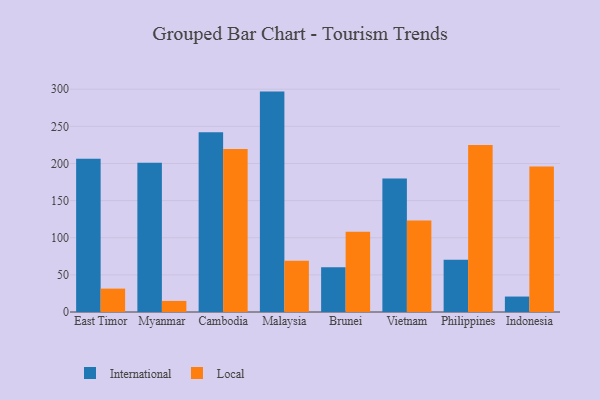
{"axis": {"x": "Country", "y": "Tickets Resolved"}, "legend": ["International", "Local"], "data": [{"x": "East Timor", "y": 206.5, "type": "International"}, {"x": "East Timor", "y": 31.5, "type": "Local"}, {"x": "Myanmar", "y": 201.1, "type": "International"}, {"x": "Myanmar", "y": 14.9, "type": "Local"}, {"x": "Cambodia", "y": 242.0, "type": "International"}, {"x": "Cambodia", "y": 219.6, "type": "Local"}, {"x": "Malaysia", "y": 296.8, "type": "International"}, {"x": "Malaysia", "y": 68.9, "type": "Local"}, {"x": "Brunei", "y": 60.2, "type": "International"}, {"x": "Brunei", "y": 107.9, "type": "Local"}, {"x": "Vietnam", "y": 179.7, "type": "International"}, {"x": "Vietnam", "y": 123.3, "type": "Local"}, {"x": "Philippines", "y": 70.4, "type": "International"}, {"x": "Philippines", "y": 224.9, "type": "Local"}, {"x": "Indonesia", "y": 20.8, "type": "International"}, {"x": "Indonesia", "y": 195.9, "type": "Local"}]}